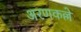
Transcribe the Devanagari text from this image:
अरणकल्ले